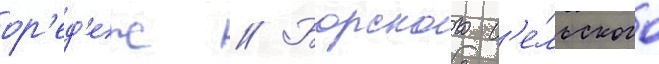
ор'ед'еж // Борского с'е́льского